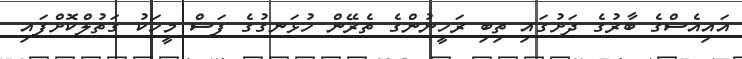
އައިއެސްގެ ބާރުގެ ދަށުގައި ތިބި ރަހީނުންގެ ތެރޭން ހުޅަނގުގެ ފަސް މީހަކު ގަތުލްކޮށްފައި